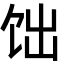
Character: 饳